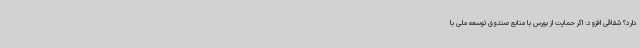
دارد؟ شقاقی افزود: اگر حمایت از بورس با منابع صندوق توسعه ملی با